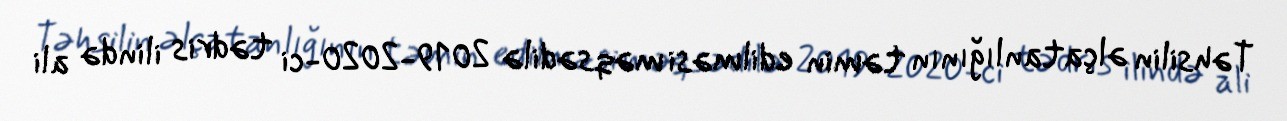
Təhsilin əlçatanlığının təmin edilməsi məqsədilə 2019-2020-ci tədris ilində ali